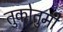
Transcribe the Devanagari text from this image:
तुकोतुमी